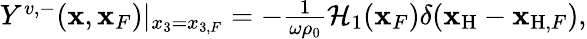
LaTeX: \begin{array}{r}{Y^{v,-}({\mathbf x},{\mathbf x}_{F})|_{x_{3}=x_{3,F}}=-\frac{1}{\omega\rho_{0}}{\cal H}_{1}({\mathbf x}_{F})\delta({\mathbf x}_{\mathrm{H}}-{\mathbf x}_{\mathrm{H},F}),}\end{array}